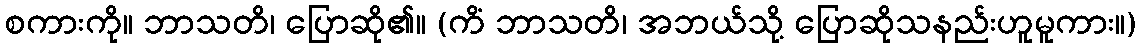
စကားကို။ ဘာသတိ၊ ပြောဆို၏။ (ကိံ ဘာသတိ၊ အဘယ်သို့ ပြောဆိုသနည်းဟူမူကား။)